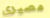
مصيري